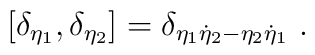
\left[\delta_{\eta_1},\delta_{\eta_2}\right]=\delta_{\eta_1\dot{\eta}_2-\eta_2\dot{\eta}_1}\ .